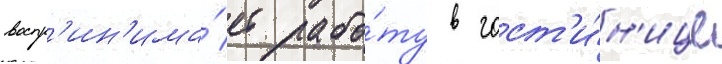
воспр'ин'има́ет рабо́ту в гост'и́н'ице